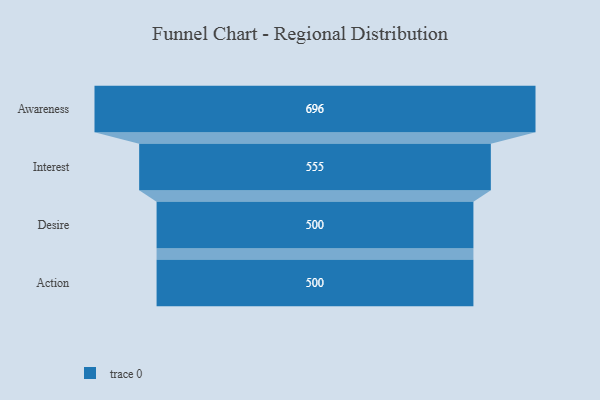
{"axis": {"x": "Stage", "y": "Value"}, "legend": [""], "data": [{"x": "Awareness", "y": 696.0, "type": ""}, {"x": "Interest", "y": 555.0, "type": ""}, {"x": "Desire", "y": 500, "type": ""}, {"x": "Action", "y": 500, "type": ""}]}